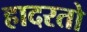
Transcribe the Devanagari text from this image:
हादरतो